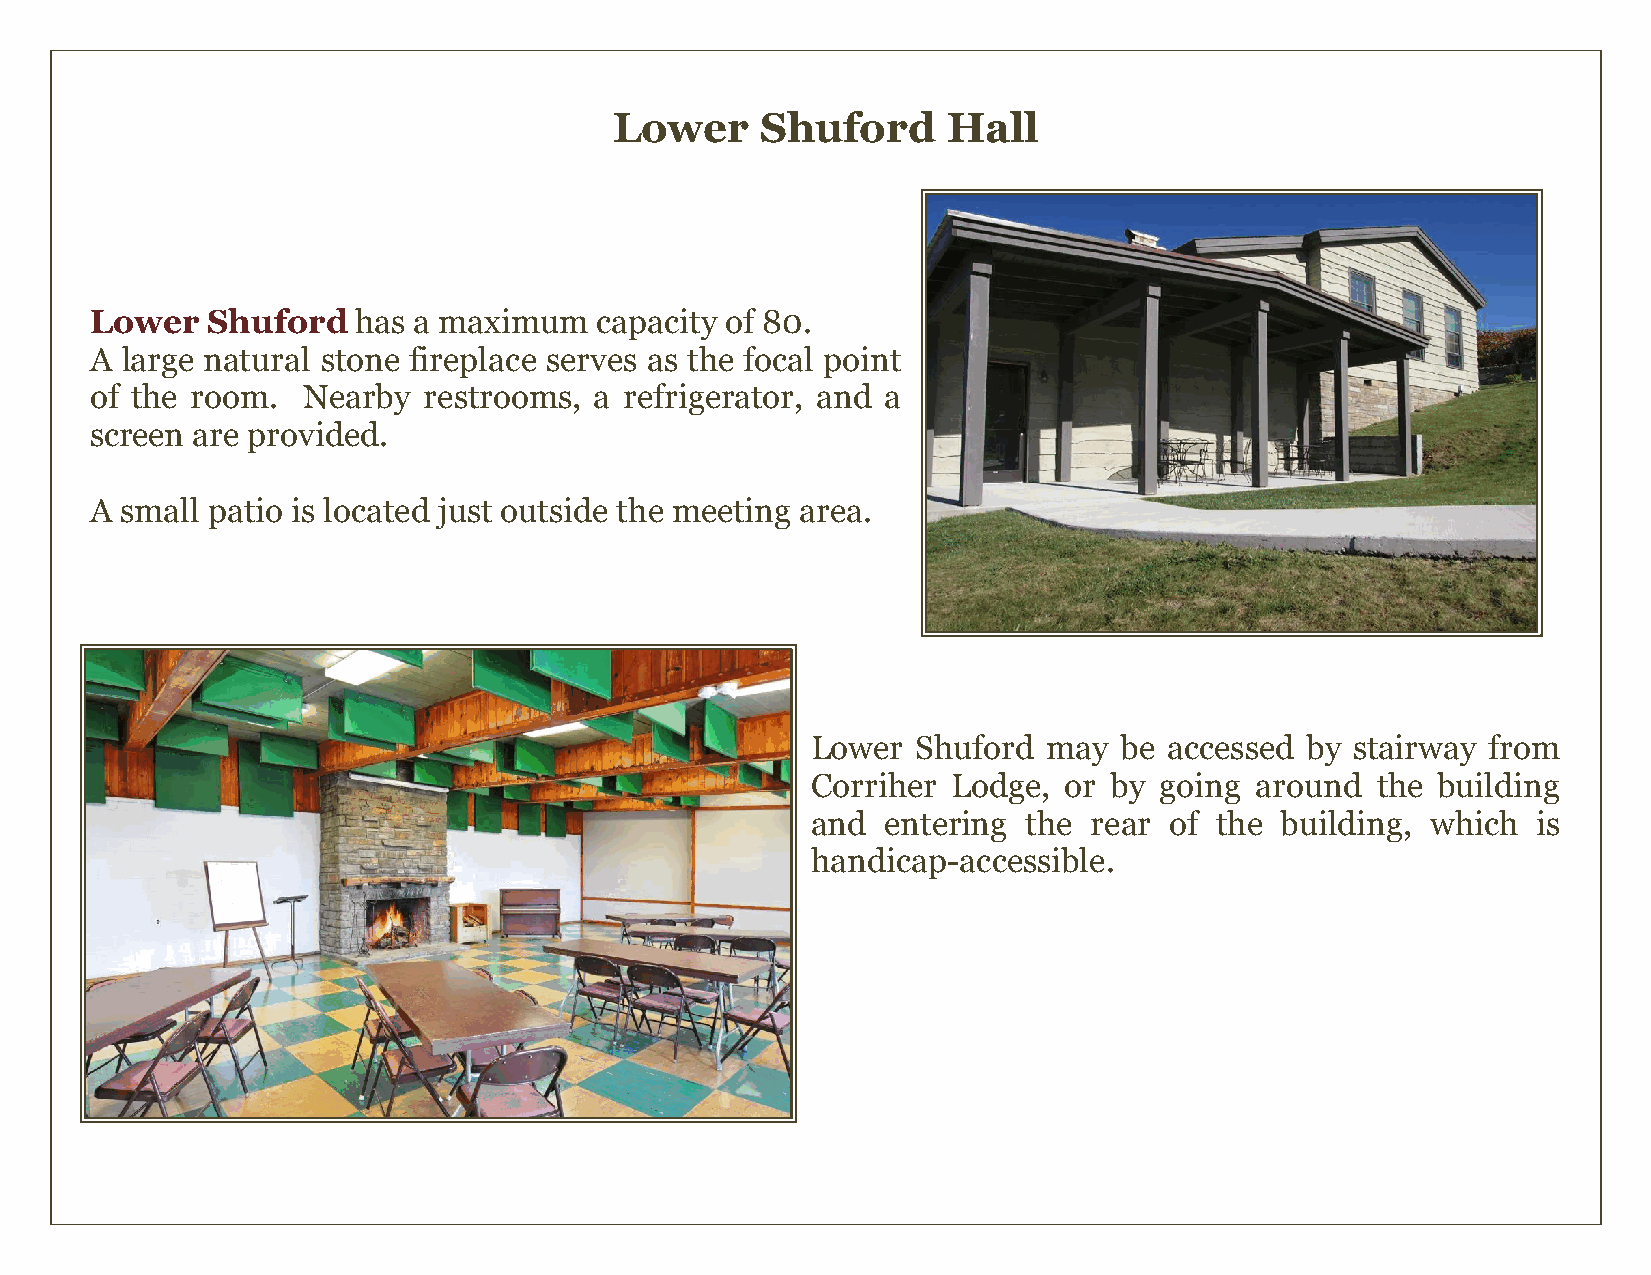
Lower    Shuford      Hall
 Lower   Shufordhas   a maximum   capacity of 80.
 A large natural stone fireplace serves as the focal point
 of the room.  Nearby  restrooms, a refrigerator, and a
 screen are provided.
 A small patio is located just outside the meeting area.
 Lower  Shuford may  be accessed by  stairway from
 Corriher Lodge, or by  going around  the building
 and  entering the rear of the  building, which  is
 handicap-accessible.